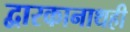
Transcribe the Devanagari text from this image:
द्वारकानाथही